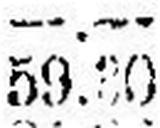
59.30